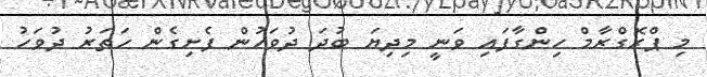
މި ޕްރޮގްރާމް ހިންގާފައި ވަނީ މިދިޔަ ބުދަ ދުވަހުން ފެށިގެން ހަތަރު ދުވަހު